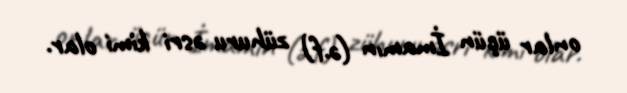
onlar üçün İmamın (ə.f) zühuru əsri kimi olar.